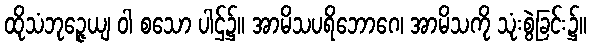
ထိုသံဘုဉ္ဇေယျ ဝါ စသော ပါဌ်၌။ အာမိသပရိဘောဂေ၊ အာမိသကို သုံးစွဲခြင်း၌။